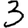
Digit: 3